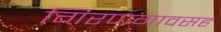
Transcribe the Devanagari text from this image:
गिरणगावसह